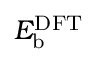
E _ { \mathrm { { b } } } ^ { \mathrm { { D F T } } }